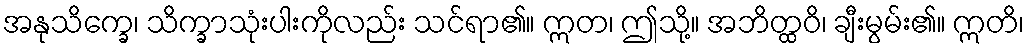
အနုသိက္ခေ၊ သိက္ခာသုံးပါးကိုလည်း သင်ရာ၏။ ဣတ၊ ဤသို့။ အဘိတ္ထဝိ၊ ချီးမွမ်း၏။ ဣတိ၊